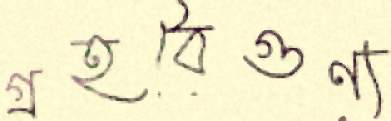
গ্রহবৈগুণ্য